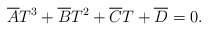
\begin{align*}\overline{A}T^{3}+\overline{B}T^{2}+\overline{C}T+\overline{D}=0.\end{align*}